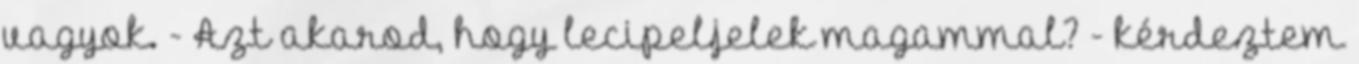
vagyok. - Azt akarod, hogy lecipeljelek magammal? - kérdeztem